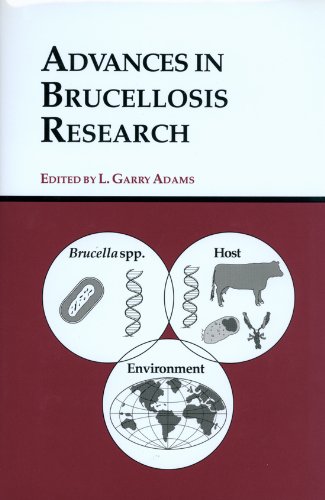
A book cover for Advances in Brucellosis Research; Medical Books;